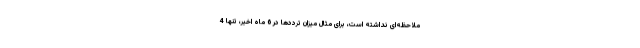
ملاحظه‌ای نداشته است، برای مثال میزان ترددها در 6 ماه اخیر، تنها 4